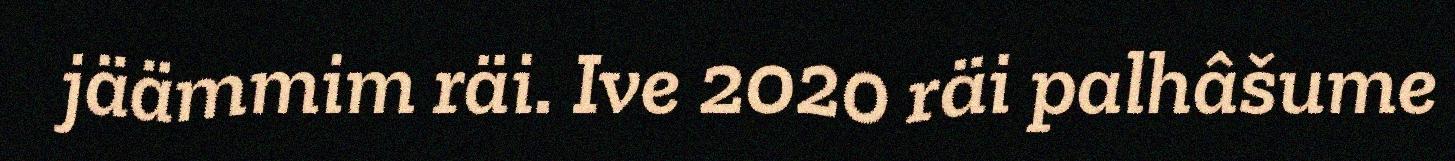
jäämmim räi. Ive 2020 räi palhâšume